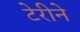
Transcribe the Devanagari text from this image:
टेरीने